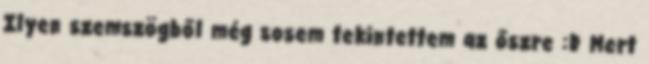
Ilyen szemszögből még sosem tekintettem az őszre :D Mert